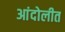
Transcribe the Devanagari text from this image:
आंदोलीत